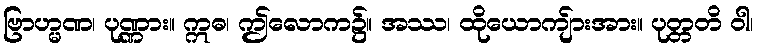
ဗြာဟ္မဏ၊ ပုဏ္ဏား။ ဣဓ၊ ဤလောက၌။ အဿ၊ ထိုယောကျ်ားအား။ ပုတ္တတိ ဝါ၊